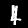
Digit: 4